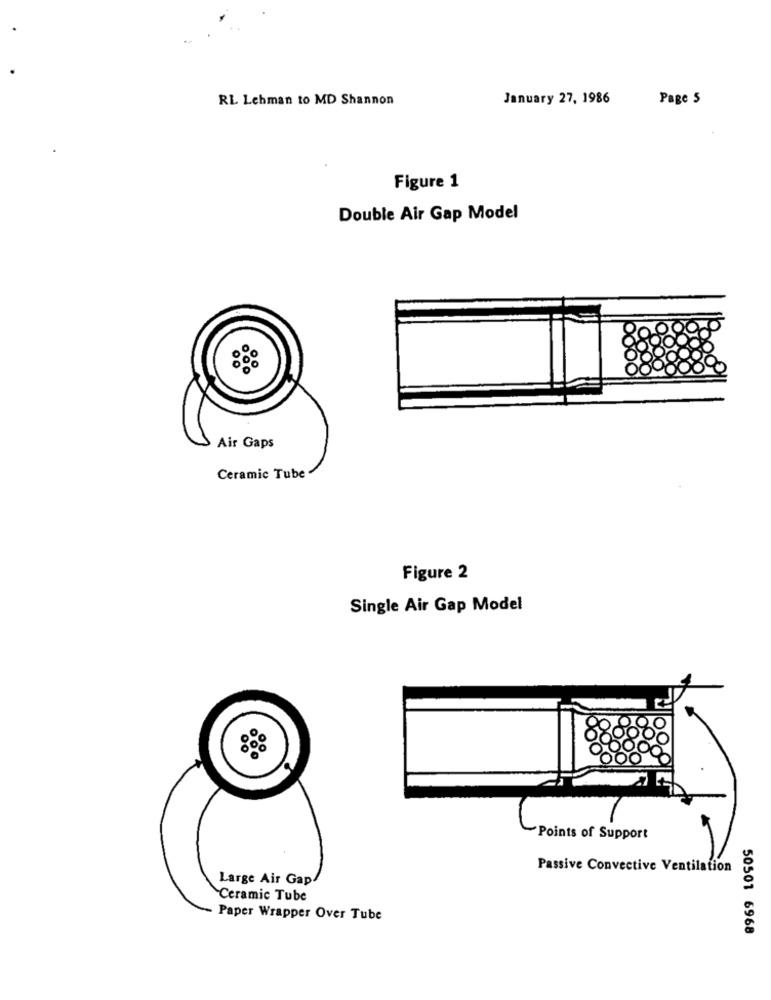
RL Lehman to MD Shannon
January 27, 1986
Page 5
Figure 1
Double Air Gap Model
Air Gaps
Ceramic Tube
Figure 2
Single Air Gap Model
Points of Support
Passive Convective Ventilation
Large Air Gap
Ceramic Tube
Paper Wrapper Over Tube
50501 6968